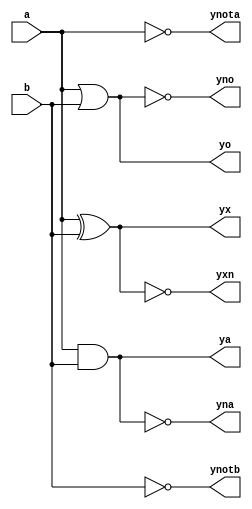
// Designed by Pavan V L
module gates(a,b,ya,yna,yo,yno,yx,yxn,ynota,ynotb);
input a,b;
output ya,yna,yo,yno,yx,yxn,ynota,ynotb;

assign ya=a&b; //AND
assign yna=~ya; //NAND
assign yo=a|b; //OR
assign yno=~yo; //NOR
assign yx=a^b; //XOR
assign yxn=~yx; //XNOR
assign ynota=~a; //NOT of a
assign ynotb=~b; //NOT of b


endmodule